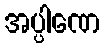
အပ္ပါဏေ